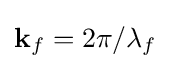
\mathbf {k} _{f}=2\pi /\lambda _{f}